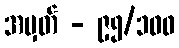
အမှတ် - ၉၅/၁၀၀